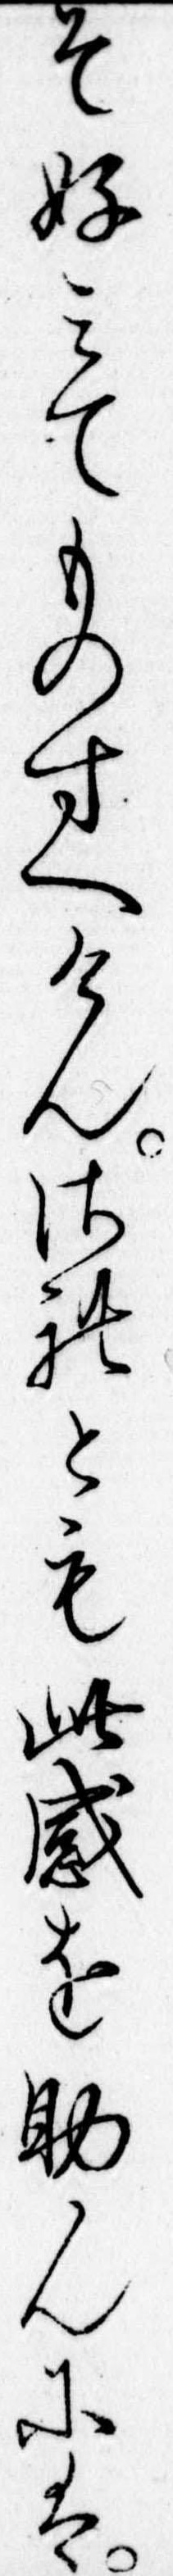
そ好みてものすへけんされとも此感を助んには